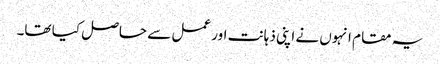
یہ مقام انہوں نے اپنی ذہانت اور عمل سے حاصل کیا تھا۔